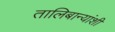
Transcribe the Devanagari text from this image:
तालिबान्यांशी